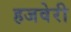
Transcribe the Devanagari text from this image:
हजवेरी